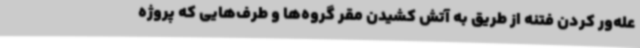
عله‌ور کردن فتنه از طریق به آتش کشیدن مقر گروه‌ها و طرف‌هایی که پروژه